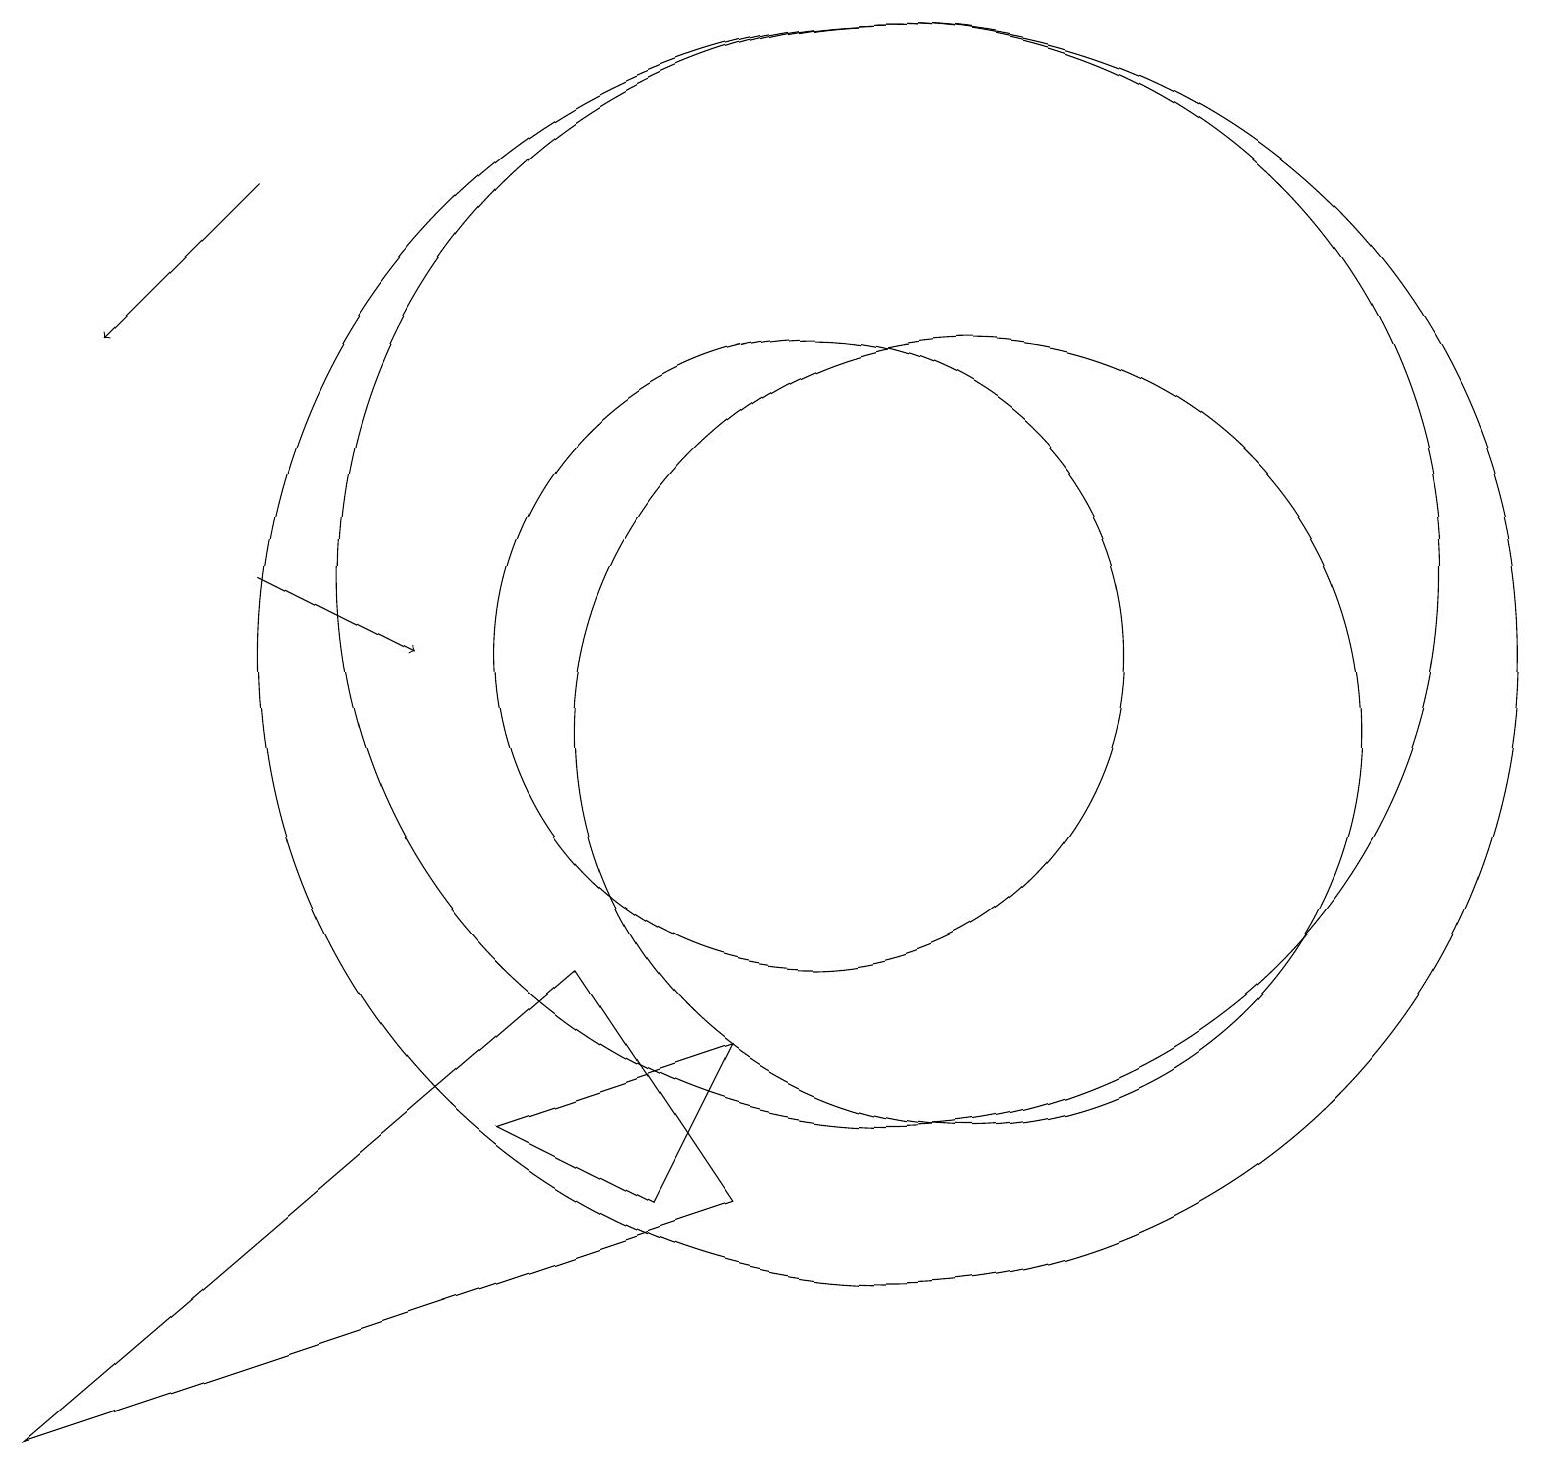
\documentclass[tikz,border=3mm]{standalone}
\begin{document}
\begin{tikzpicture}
\draw (12,10) circle (5);
\draw (8,4) -- (6,5) -- (9,6) -- cycle;
\draw (10,11) circle (4);
\draw (0,1) -- (7,7) -- (9,4) -- cycle;
\draw[->] (3,12) -- (5,11);
\draw[->] (3,17) -- (1,15);
\draw (11,11) circle (8);
\draw (11,12) circle (7);
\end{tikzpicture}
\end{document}